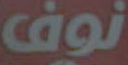
نوف